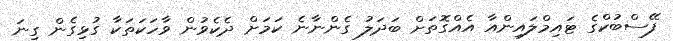
ފޭސްބުކްގެ ޓައިމްލައިންއާ އެއްގޮތަށް ބަދަލު ގެންނާނެ ކަމަށް ދެކެވުން ވާހަކަތަކާ ގުޅިގެން ގިނަ